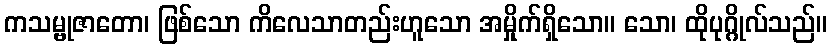
ကသမ္ဗုဇာတော၊ ဖြစ်သော ကိလေသာတည်းဟူသော အမှိုက်ရှိသော။ သော၊ ထိုပုဂ္ဂိုလ်သည်။